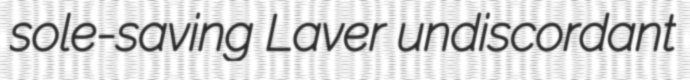
sole-saving Laver undiscordant